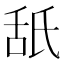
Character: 舐